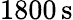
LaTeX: {1800}\, \mathrm{s}